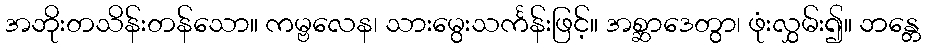
အဘိုးတသိန်းတန်သော။ ကမ္ဗလေန၊ သားမွေးသင်္ကန်းဖြင့်။ အစ္ဆာဒေတွာ၊ ဖုံးလွှမ်း၍။ ဘန္တေ